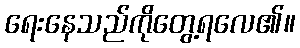
ရေးနေသည်ကိုတွေ့ရလေ၏။